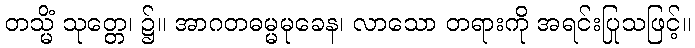
တသ္မိံ သုတ္တေ၊ ၌။ အာဂတဓမ္မမုခေန၊ လာသော တရားကို အရင်းပြုသဖြင့်။